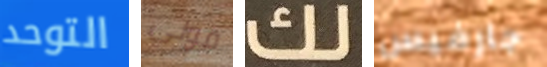
التوحد قولي لك جارفيس